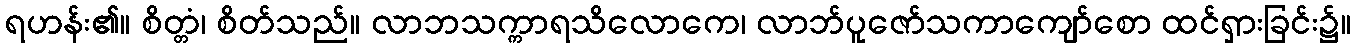
ရဟန်း၏။ စိတ္တံ၊ စိတ်သည်။ လာဘသက္ကာရသိလောကေ၊ လာဘ်ပူဇော်သကာကျော်စော ထင်ရှားခြင်း၌။